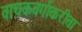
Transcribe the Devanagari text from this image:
वाचकवर्गाकरीता